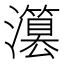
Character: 𤂳